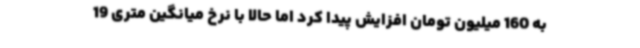
به 160 میلیون تومان افزایش پیدا کرد اما حالا با نرخ میانگین متری 19